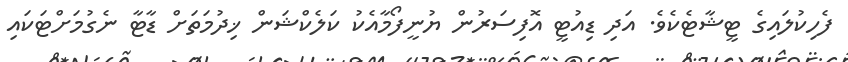
ފެހިކުލައިގެ ޓީޝާޓެކެވެ. އަދި ޑިއުޓީ އޮފިސަރުން ޔުނީފޯމާއެކު ކަލެކްޝަން ޚިދުމަތަށް ޑާޓާ ނެގުމަށްޓަކައި